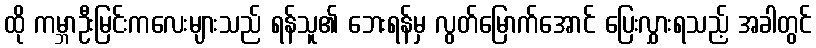
ထို ကမ္ဘာဦးမြင်းကလေးများသည် ရန်သူ၏ ဘေးရန်မှ လွတ်မြောက်အောင် ပြေးလွှားရသည့် အခါတွင်